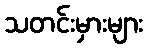
သတင်းမှားများ